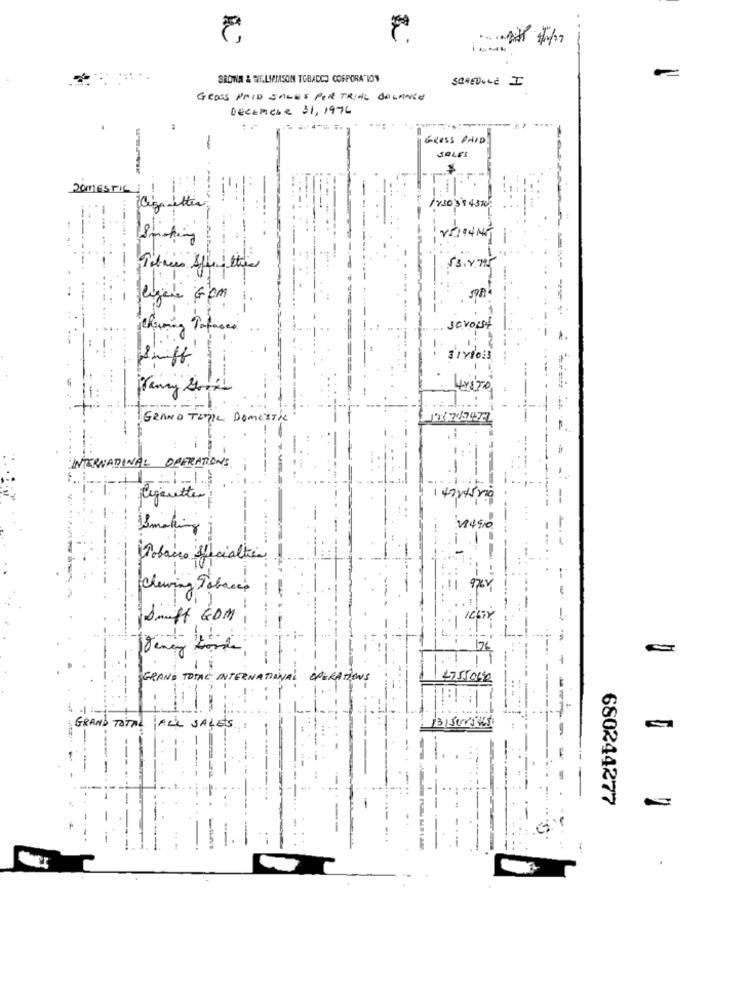
SROWAN & WIE.LITASOM TOBACCO CORPORATION
SCHEDULE I
GROSS PAID SALES PER TRIAL BALANCE
DEcemere 31,1976
GROSS PAID
SALES
DOMESTIC
230'3'1 4510
Sinking
13. v. ]
1.
charming Portases
GRAND TEMPL DOMESTIC
INTERNATIONAL OPERATIONS
1
Cigaretter
-
--
2490
chewing Tobacco
--
Swift GOM
1
---
GRAND TOTAL" INTERNATIONAL OPERATIONS
GRAND TOTAL
ALL SALES
680244277